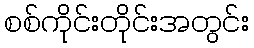
စစ်ကိုင်းတိုင်းအတွင်း